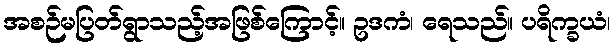
အစဉ်မပြတ်ရွာသည့်အဖြစ်ကြောင့်။ ဥဒကံ၊ ရေသည်။ ပရိက္ခယံ၊